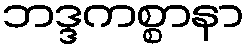
ဘဒ္ဒကစ္စာနာ